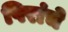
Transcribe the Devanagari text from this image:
पिरांचे